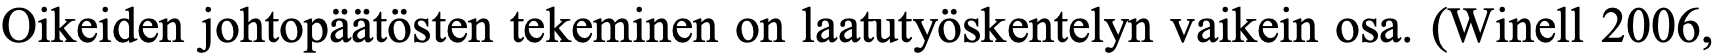
Oikeiden johtopäätösten tekeminen on laatutyöskentelyn vaikein osa. (Winell 2006,